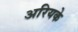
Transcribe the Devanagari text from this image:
अरियके